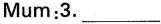
Mum :3. ___